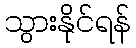
သွားနိုင်ရန်